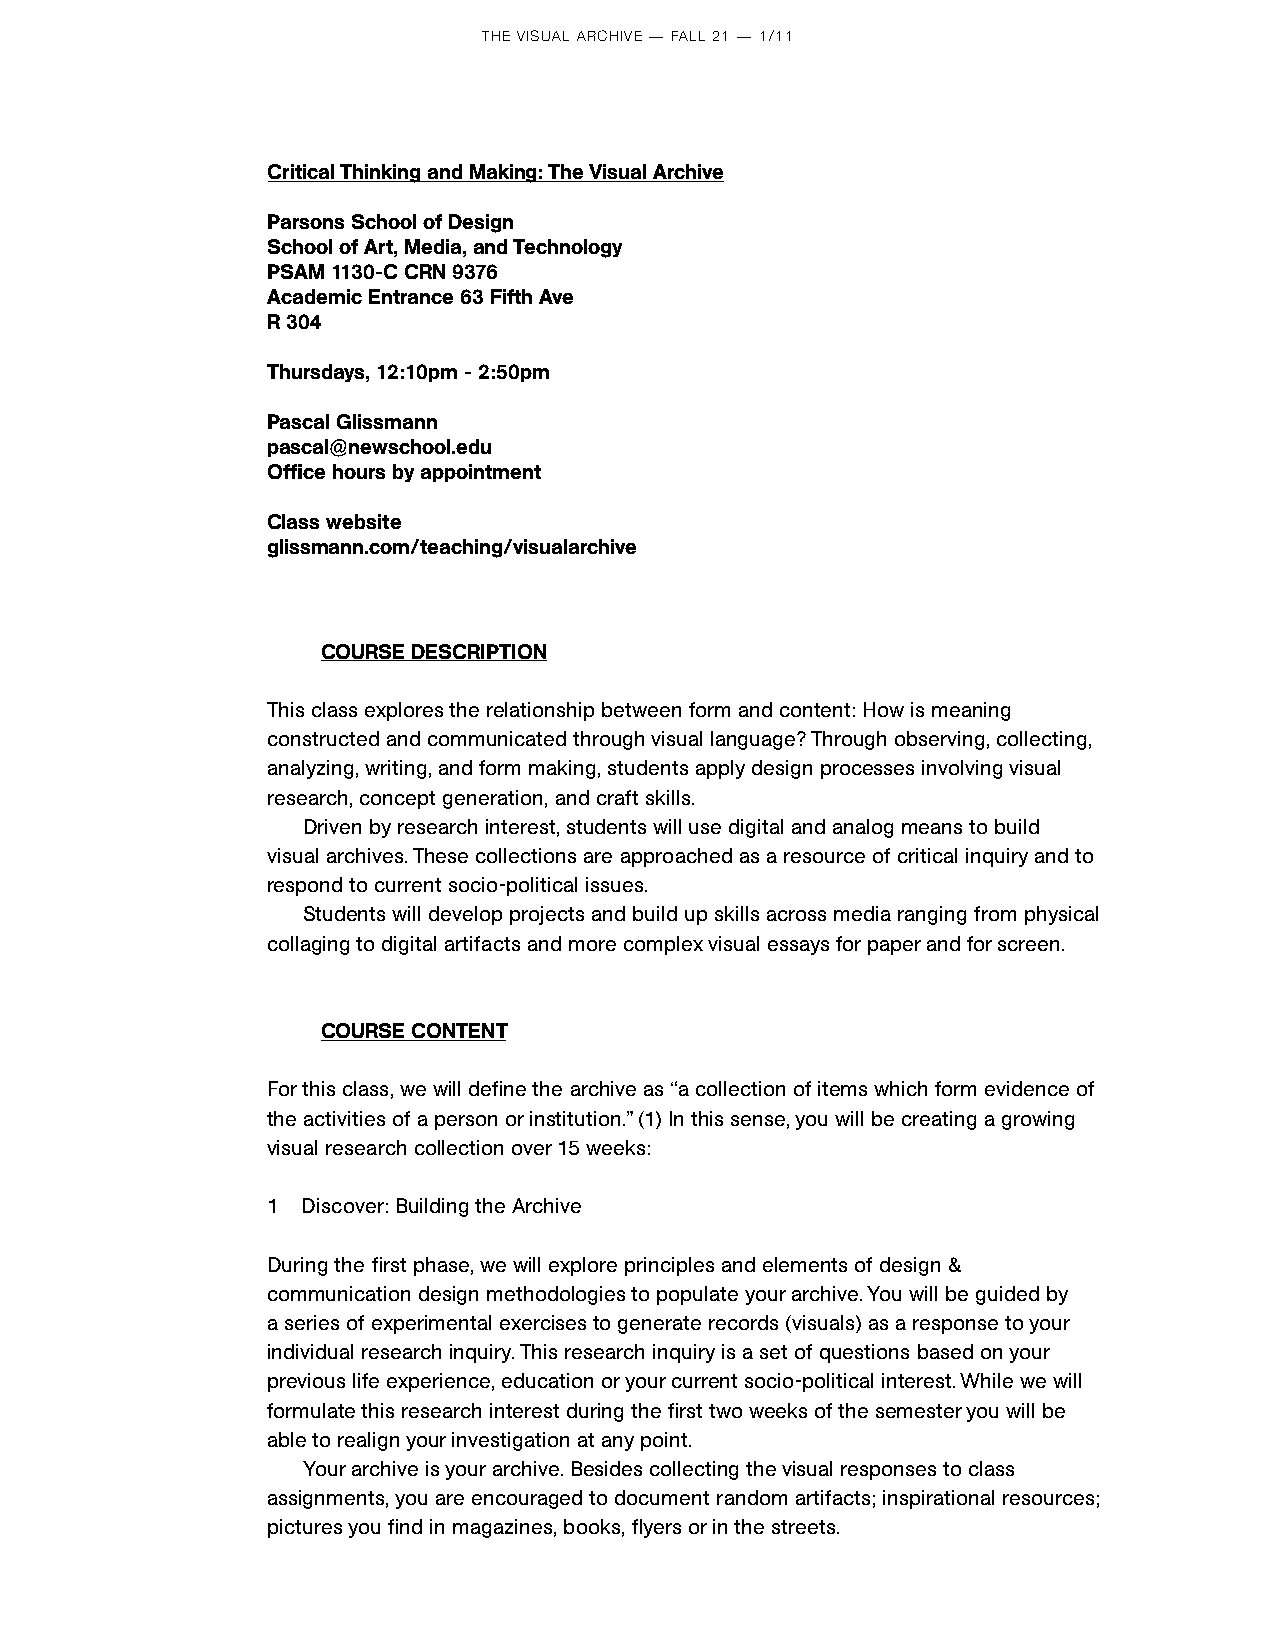
THE VISUAL ARCHIVE — FALL 21 — 1/11
 Critical Thinking and Making: The Visual Archive
 Parsons School of Design
 School of Art, Media, and Technology
 PSAM 1130-C CRN 9376
 Academic Entrance 63 Fifth Ave
 R 304
 Thursdays, 12:10pm - 2:50pm
 Pascal Glissmann
 pascal@newschool.edu
 Office hours by appointment
 Class website
 glissmann.com/teaching/visualarchive
 COURSE DESCRIPTION
 This class explores the relationship between form and content: How is meaning
 constructed and communicated through visual language? Through observing, collecting,
 analyzing, writing, and form making, students apply design processes involving visual
 research, concept generation, and craft skills.
 Driven by research interest, students will use digital and analog means to build
 visual archives. These collections are approached as a resource of critical inquiry and to
 respond to current socio-political issues.
 Students will develop projects and build up skills across media ranging from physical
 collaging to digital artifacts and more complex visual essays for paper and for screen.
 COURSE CONTENT
 For this class, we will define the archive as “a collection of items which form evidence of
 the activities of a person or institution.” (1) In this sense, you will be creating a growing
 visual research collection over 15 weeks:
 1 Discover: Building the Archive
 During the first phase, we will explore principles and elements of design &
 communication design methodologies to populate your archive. You will be guided by
 a series of experimental exercises to generate records (visuals) as a response to your
 individual research inquiry. This research inquiry is a set of questions based on your
 previous life experience, education or your current socio-political interest. While we will
 formulate this research interest during the first two weeks of the semester you will be
 able to realign your investigation at any point.
 Your archive is your archive. Besides collecting the visual responses to class
 assignments, you are encouraged to document random artifacts; inspirational resources;
 pictures you find in magazines, books, flyers or in the streets.